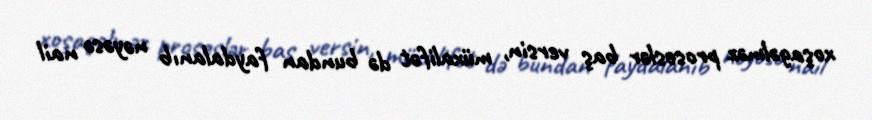
xoşagəlməz proseslər baş versin, müxalifət də bundan faydalanıb nəyəsə nail